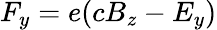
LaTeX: F_{y}=e(cB_{z}-E_{y})